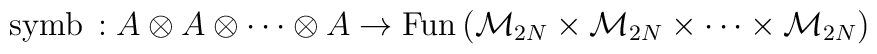
{\rm symb} \, : A \otimes A \otimes \cdots \otimes A\rightarrow {\rm Fun}\, ({\cal M}_{2N} \times {\cal M}_{2N}\times \cdots \times {\cal M}_{2N})